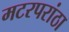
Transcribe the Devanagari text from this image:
मटरपरांठा